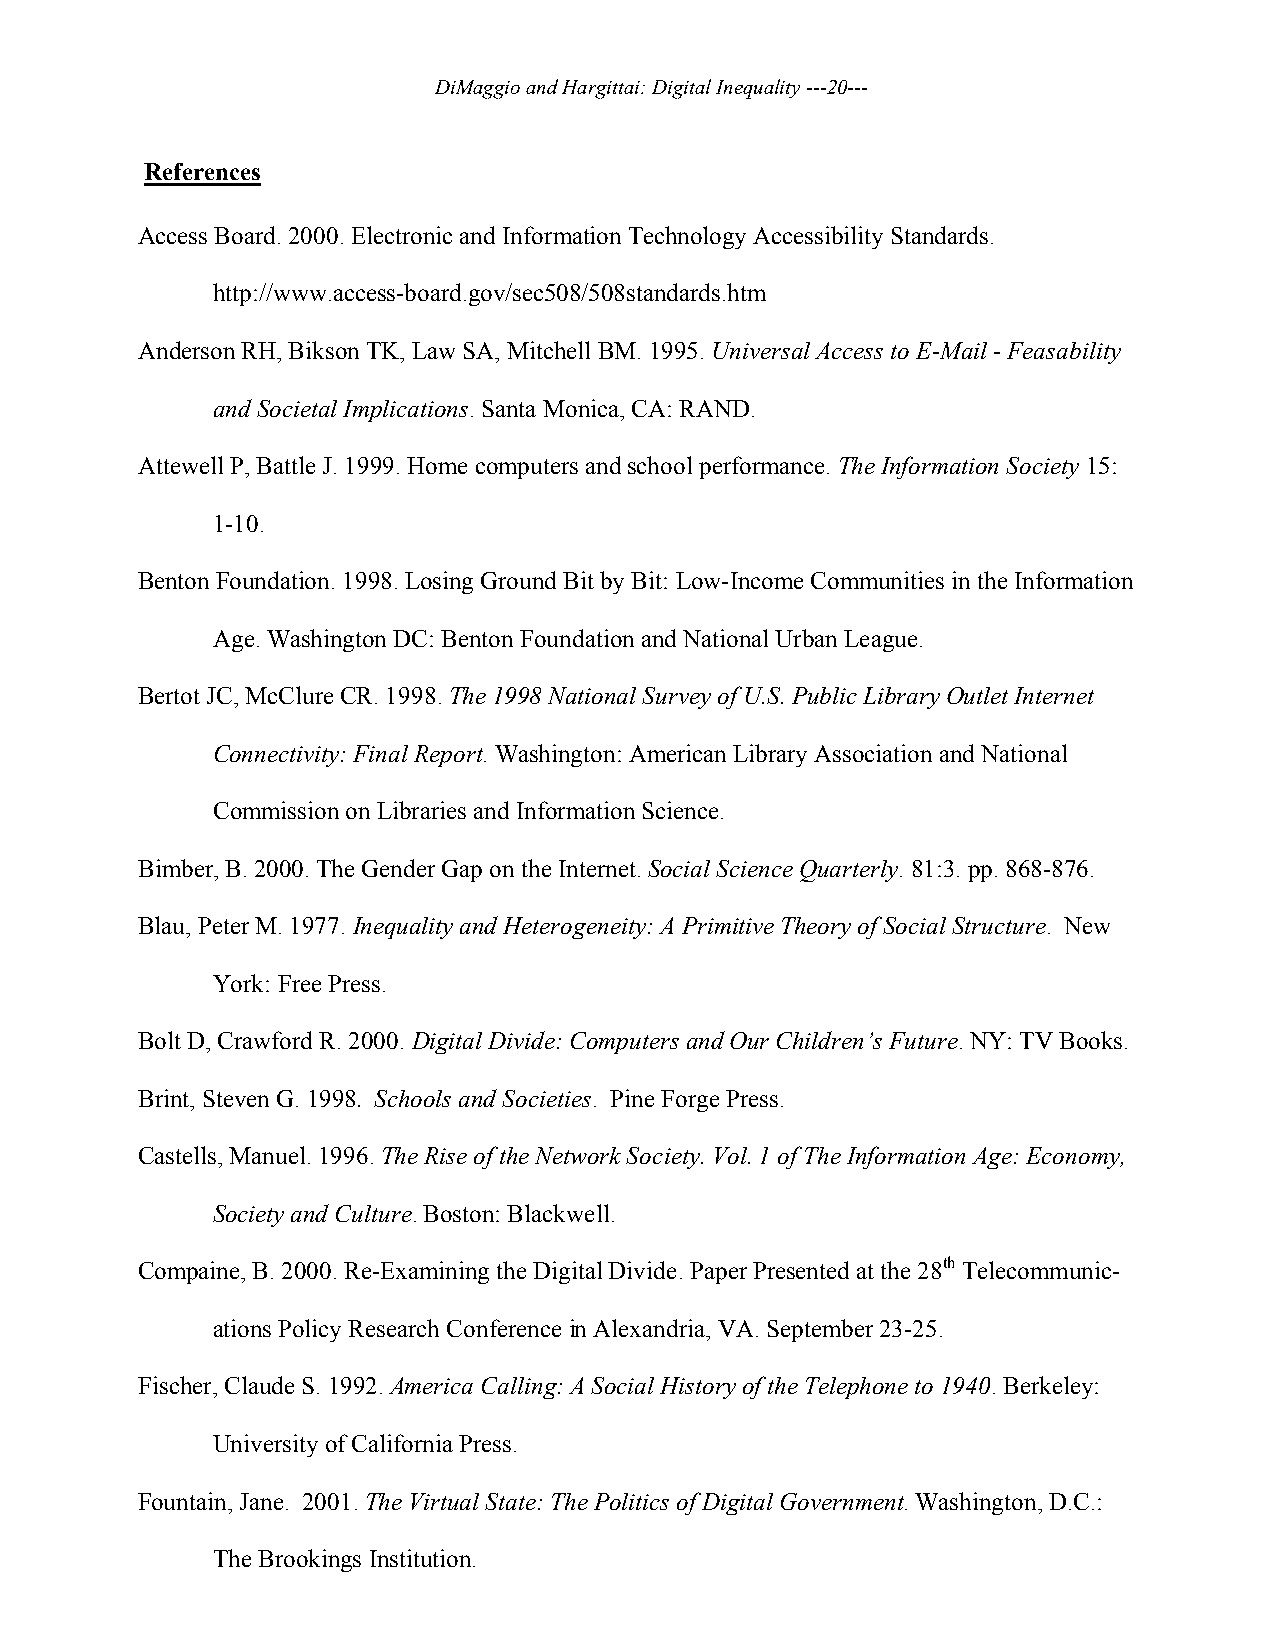
DiMaggio and Hargittai: Digital Inequality ---20---
 References
 Access Board. 2000. Electronic and Information Technology Accessibility Standards.
 http://www.access-board.gov/sec508/508standards.htm
 Anderson RH, Bikson TK, Law SA, Mitchell BM. 1995. Universal Access to E-Mail - Feasability
 and Societal Implications. Santa Monica, CA: RAND.
 Attewell P, Battle J. 1999. Home computers and school performance. The Information Society 15:
 1-10.
 Benton Foundation. 1998. Losing Ground Bit by Bit: Low-Income Communities in the Information
 Age. Washington DC: Benton Foundation and National Urban League.
 Bertot JC, McClure CR. 1998. The 1998 National Survey of U.S. Public Library Outlet Internet
 Connectivity: Final Report. Washington: American Library Association and National
 Commission on Libraries and Information Science.
 Bimber, B. 2000. The Gender Gap on the Internet. Social Science Quarterly. 81:3. pp. 868-876.
 Blau, Peter M. 1977. Inequality and Heterogeneity: A Primitive Theory of Social Structure. New
 York: Free Press.
 Bolt D, Crawford R. 2000. Digital Divide: Computers and Our Children’s Future. NY: TV Books.
 Brint, Steven G. 1998. Schools and Societies. Pine Forge Press.
 Castells, Manuel. 1996. The Rise of the Network Society. Vol. 1 of The Information Age: Economy,
 Society and Culture. Boston: Blackwell.
 Compaine, B. 2000. Re-Examining the Digital Divide. Paper Presented at the 28th Telecommunic-
 ations Policy Research Conference in Alexandria, VA. September 23-25.
 Fischer, Claude S. 1992. America Calling: A Social History of the Telephone to 1940. Berkeley:
 University of California Press.
 Fountain, Jane. 2001. The Virtual State: The Politics of Digital Government. Washington, D.C.:
 The Brookings Institution.